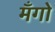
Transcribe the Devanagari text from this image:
मँगो